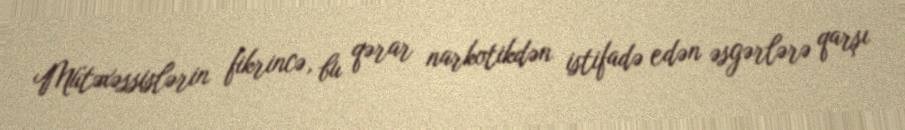
Mütəxəssislərin fikrincə, bu qərar narkotikdən istifadə edən əsgərlərə qarşı